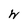
Character: W